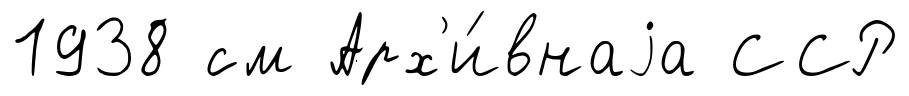
1938 см Арх'и́внаjа ССР